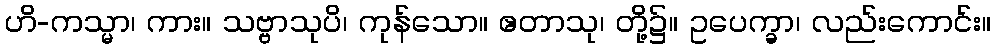
ဟိ-ကသ္မာ၊ ကား။ သဗ္ဗာသုပိ၊ ကုန်သော။ ဧတာသု၊ တို့၌။ ဥပေက္ခာ၊ လည်းကောင်း။